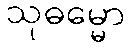
သုဓမ္မော